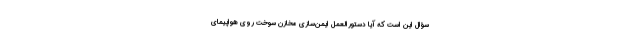
سؤال این است که آیا دستورالعمل ایمن‌سازی مخازن سوخت روی هواپیمای